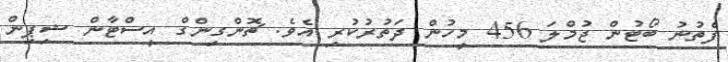
ފެތުނު ބޯޓުން ޖުމްލަ 456 މީހުން ދަތުރުކުރި އެވެ. ޗޮންގިންގް އީސްޓާން ޝިޕިން